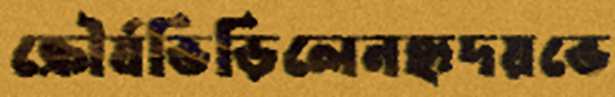
ক্রৌর্যভিড়িলেনহৃদয়ভে